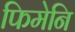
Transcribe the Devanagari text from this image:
फिमेनि